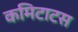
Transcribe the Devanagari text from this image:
कमिटाटस